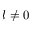
l \neq 0